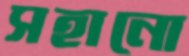
সহানো